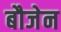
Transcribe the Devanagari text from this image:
बौजेन